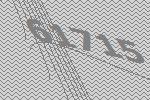
61715